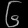
Digit: ၆